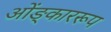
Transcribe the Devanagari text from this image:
ओंङ्काररूप